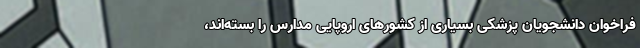
فراخوان دانشجویان پزشکی بسیاری از کشورهای اروپایی مدارس را بسته‌اند،